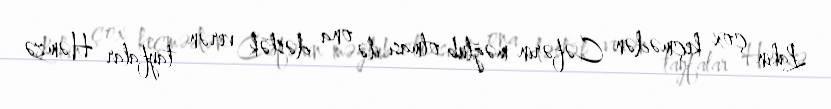
Lakin çox keçmədən Cəfərin məğlub olması ilə ona dəstək verən tayfalar Həmzə